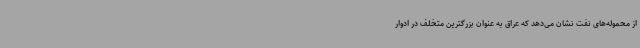
از محموله‌های نفت نشان می‌دهد که عراق به عنوان بزرگترین متخلف در ادوار